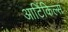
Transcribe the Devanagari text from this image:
आर्टिकिल्स